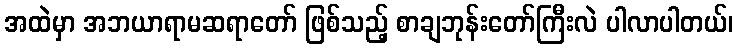
အထဲမှာ အဘယာရာမဆရာတော် ဖြစ်သည့် စာချဘုန်းတော်ကြီးလဲ ပါလာပါတယ်၊